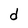
Character: d